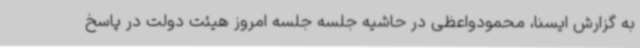
به گزارش ایسنا، محمودواعظی در حاشیه جلسه جلسه امروز هیئت دولت در پاسخ